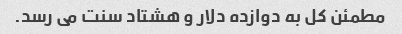
مطمئن کل به دوازده دلار و هشتاد سنت می رسد.